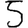
Digit: 5